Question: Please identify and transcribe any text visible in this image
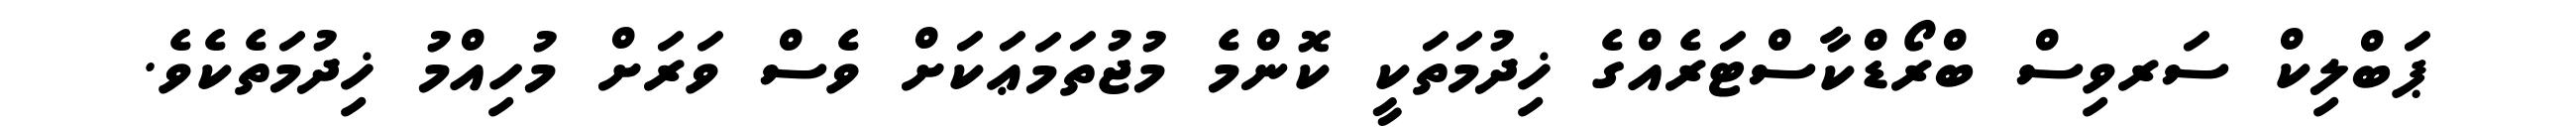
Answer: ޕަބްލިކް ސަރވިސް ބްރޯޑްކާސްޓަރެއްގެ ޚިދުމަތަކީ ކޮންމެ މުޖުތަމަޢަކަށް ވެސް ވަރަށް މުހިއްމު ޚިދުމަތެކެވެ.